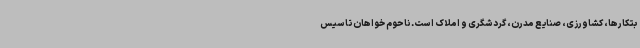
بتکارها، کشاورزی، صنایع مدرن، گردشگری و املاک است. ناحوم خواهان تاسیس